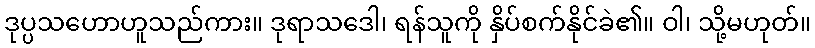
ဒုပ္ပသဟောဟူသည်ကား။ ဒုရာသဒေါ၊ ရန်သူကို နှိပ်စက်နိုင်ခဲ၏။ ဝါ၊ သို့မဟုတ်။